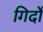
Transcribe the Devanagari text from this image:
गिर्दों